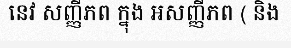
នេវ សញ្ញីភព ក្នុង អសញ្ញីភព ( និង